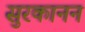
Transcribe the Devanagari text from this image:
सुरकानन